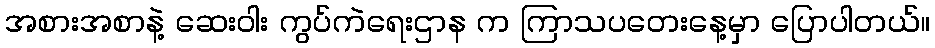
အစားအစာနဲ့ ဆေးဝါး ကွပ်ကဲရေးဌာန က ကြာသပတေးနေ့မှာ ပြောပါတယ်။